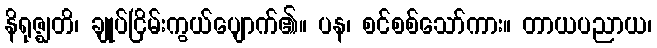
နိရုဇ္ဈတိ၊ ချုပ်ငြိမ်းကွယ်ပျောက်၏။ ပန၊ စင်စစ်သော်ကား။ တာယပညာယ၊